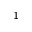
^ { - 1 }